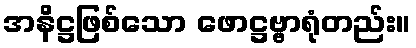
အနိဋ္ဌဖြစ်သော ဖောဋ္ဌဗ္ဗာရုံတည်း။